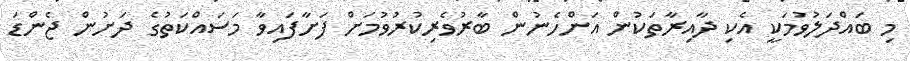
މި ބައްދަލުވުމަކީ އެކި ދާއިރާތަކުން އަންހެނުން ބާރުވެރިކުރުވުމަށް ފަށާފައިވާ މަސައްކަތުގެ ދަށުން ޖެންޑަ